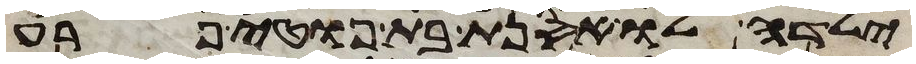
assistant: ילדה לו אסנת בת פוטיפרע